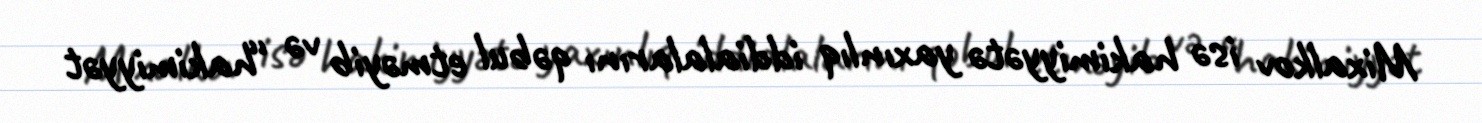
Mixalkov isə hakimiyyətə yaxınlıq iddialalarını qəbul etməyib və “hakimiyyət